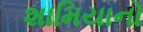
શામિયાનો